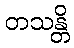
တသန္တိ